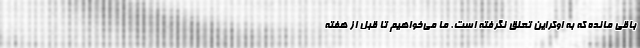
باقی مانده که به اوکراین تعلق نگرفته است. ما می‌خواهیم تا قبل از هفته